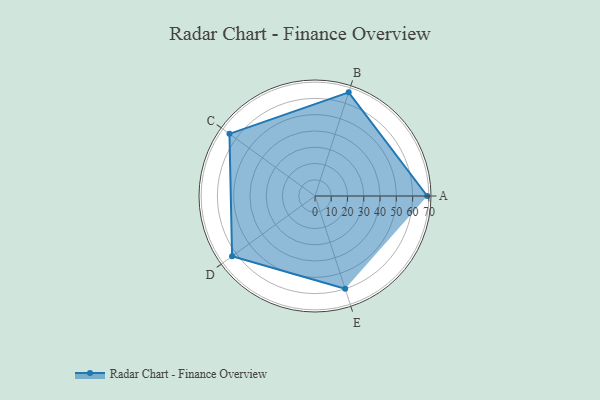
{"axis": {"x": "Skill", "y": "Score"}, "legend": ["Profile"], "data": [{"x": "A", "y": 69.0, "type": "Profile"}, {"x": "B", "y": 67.0, "type": "Profile"}, {"x": "C", "y": 65.0, "type": "Profile"}, {"x": "D", "y": 63.0, "type": "Profile"}, {"x": "E", "y": 60.0, "type": "Profile"}]}